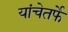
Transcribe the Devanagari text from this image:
यांचेतर्फे